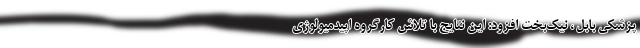
پزشکی بابل ، نیک‌بخت افزود: این نتایج با تلاش کارگروه اپیدمیولوژی